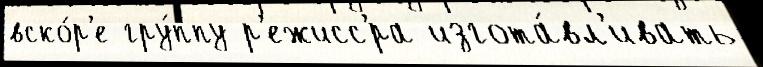
вско́р'е гру́ппу р'ежисс'́ра изгота́вл'ивать